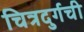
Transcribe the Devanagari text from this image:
चित्रदुर्गची